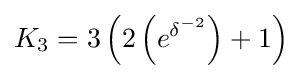
K_{3}=3\left(2\left(e^{\delta ^{-2}}\right)+1\right)